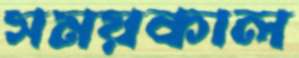
সময়কাল